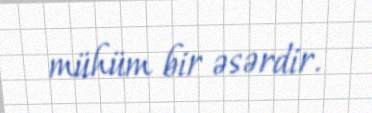
mühüm bir əsərdir.